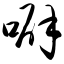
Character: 噼